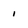
Character: i